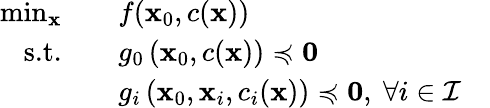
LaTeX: \begin{array}{rlr}{\operatorname*{min}_{\mathbf{x}}\quad}&{f(\mathbf{x}_{0},c(\mathbf{x}))}&\\ {\textrm{s.t.}\quad}&{g_{0}\left(\mathbf{x}_{0},c(\mathbf{x})\right)\preccurlyeq\mathbf{0}}\\ &{g_{i}\left(\mathbf{x}_{0},\mathbf{x}_{i},c_{i}(\mathbf{x})\right)\preccurlyeq\mathbf{0},~\forall i\in\mathcal{I}}\end{array}